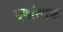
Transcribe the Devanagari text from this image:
घूर्णात्मक